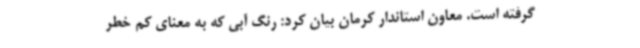
گرفته است. معاون استاندار کرمان بیان کرد: رنگ آبی که به معنای کم خطر